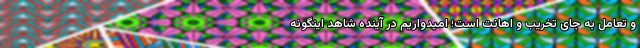
و تعامل به جای تخریب و اهانت است؛ امیدواریم در آینده شاهد اینگونه